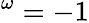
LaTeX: ^\omega=-1